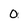
Character: 0